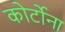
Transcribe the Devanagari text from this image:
कोर्टोना